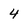
Character: 4